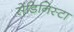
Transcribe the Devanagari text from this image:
सेंडिनिस्टा